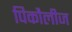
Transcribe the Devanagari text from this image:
पिकौलीज